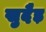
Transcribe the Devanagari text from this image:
खुदैड़